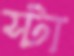
স্টা